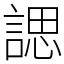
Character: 諰